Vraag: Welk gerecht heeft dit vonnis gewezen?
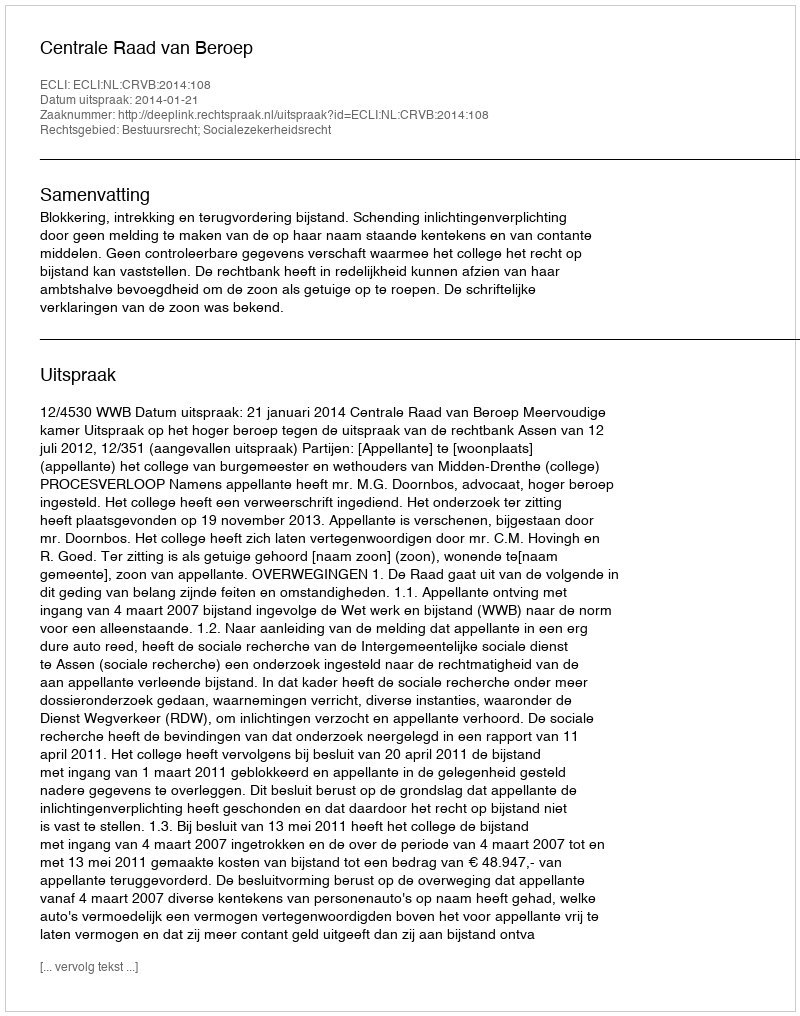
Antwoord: Centrale Raad van Beroep